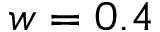
w = 0 . 4